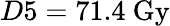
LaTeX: D5=71.4~\mathrm{Gy}